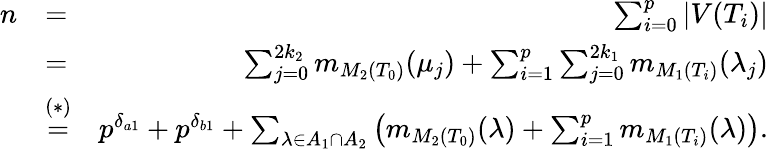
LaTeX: \begin{array}{rlr}{n}&{=}&{\sum_{i=0}^{p}|V(T_{i})|}\\ &{=}&{\sum_{j=0}^{2k_{2}}m_{M_{2}(T_{0})}(\mu_{j})+\sum_{i=1}^{p}\sum_{j=0}^{2k_{1}}m_{M_{1}(T_{i})}(\lambda_{j})}\\ &{\stackrel{(*)}{=}}&{p^{\delta_{a1}}+p^{\delta_{b1}}+\sum_{\lambda\in A_{1}\cap A_{2}}\left(m_{M_{2}(T_{0})}(\lambda)+\sum_{i=1}^{p}m_{M_{1}(T_{i})}(\lambda)\right).}\end{array}